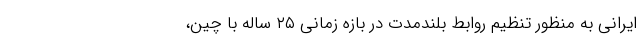
ایرانی به منظور تنظیم روابط بلندمدت در بازه زمانی ۲۵ ساله با چین،